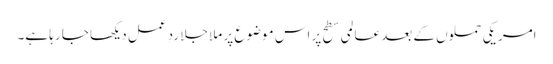
امریکی حملوں کے بعد عالمی سطح پر اس موضوع پر ملا جلا ردِ عمل دیکھا جا رہا ہے۔